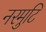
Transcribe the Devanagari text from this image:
नरमुटि